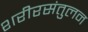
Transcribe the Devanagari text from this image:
शरीरसंतुलन